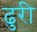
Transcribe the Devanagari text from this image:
ढुरी